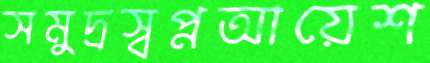
সমুদ্রস্বপ্নআয়েশ